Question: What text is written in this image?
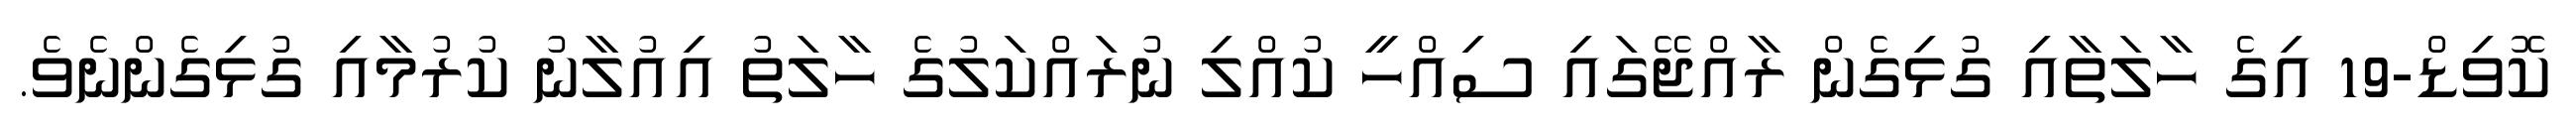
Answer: ކޮވިޑް-19 އިގެ ހާލަތާއި ގުޅިގެން ރާއްޖޭގައި ސިއްހީ ކުއްލި ނުރައްކަލުގެ ހާލަތު އިއުލާނު ކުރުމާއި ގުޅިގެންނެވެ.